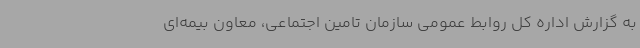
به گزارش اداره کل روابط عمومی سازمان تامین اجتماعی، معاون بیمه‌ای